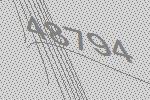
48794